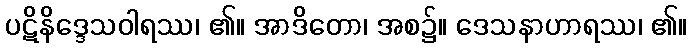
ပဋိနိဒ္ဒေသဝါရဿ၊ ၏။ အာဒိတော၊ အစ၌။ ဒေသနာဟာရဿ၊ ၏။